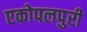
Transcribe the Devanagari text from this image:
एकोपलपुरी